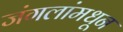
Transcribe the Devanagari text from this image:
जंगलांमधून